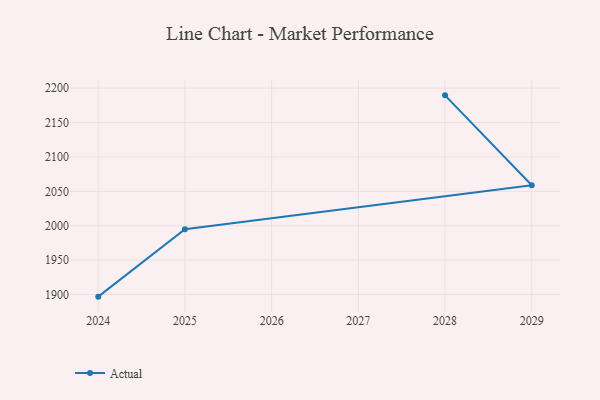
{"axis": {"x": "Year", "y": "Production Output"}, "legend": ["Actual"], "data": [{"x": "2024", "y": 1896.9, "type": "Actual"}, {"x": "2025", "y": 1994.8, "type": "Actual"}, {"x": "2029", "y": 2058.8, "type": "Actual"}, {"x": "2028", "y": 2189.6, "type": "Actual"}]}